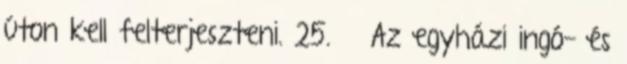
úton kell felterjeszteni. 25. § Az egyházi ingó- és